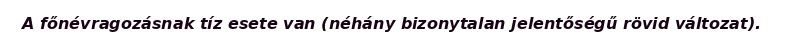
A főnévragozásnak tíz esete van (néhány bizonytalan jelentőségű rövid változat).